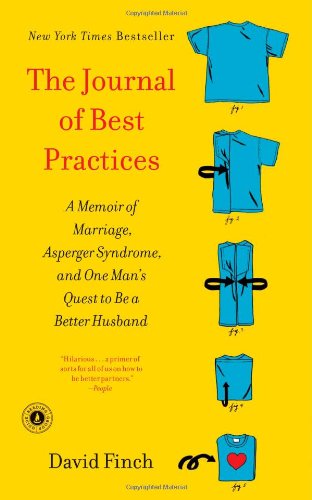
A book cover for The Journal of Best Practices: A Memoir of Marriage, Asperger Syndrome, and One Man's Quest to Be a Better Husband; David Finch; Parenting & Relationships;